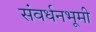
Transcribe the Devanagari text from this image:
संवर्धनभूमी